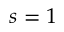
s = 1